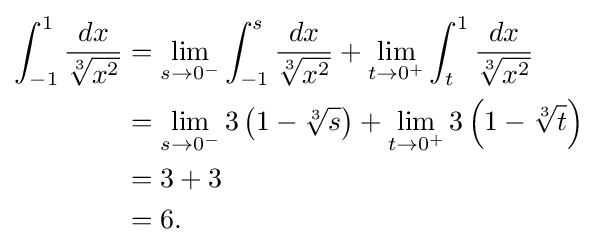
{\begin{aligned}\int _{-1}^{1}{\frac {dx}{\sqrt[{3}]{x^{2}}}}&{}=\lim _{s\to 0^{-}}\int _{-1}^{s}{\frac {dx}{\sqrt[{3}]{x^{2}}}}+\lim _{t\to 0^{+}}\int _{t}^{1}{\frac {dx}{\sqrt[{3}]{x^{2}}}}\\&{}=\lim _{s\to 0^{-}}3\left(1-{\sqrt[{3}]{s}}\right)+\lim _{t\to 0^{+}}3\left(1-{\sqrt[{3}]{t}}\right)\\&{}=3+3\\&{}=6.\end{aligned}}